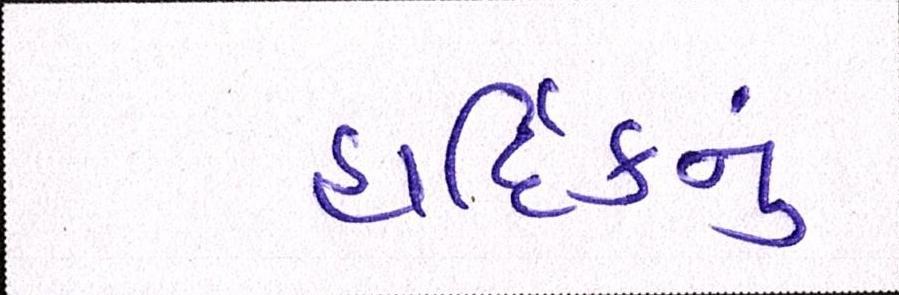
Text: હાર્દિકનું